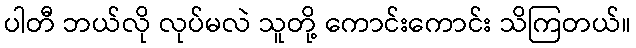
ပါတီ ဘယ်လို လုပ်မလဲ သူတို့ ကောင်းကောင်း သိကြတယ်။